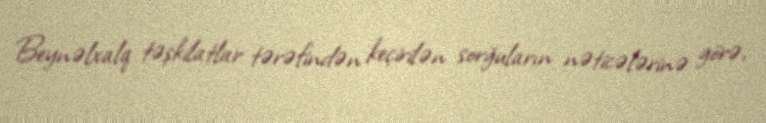
Beynəlxalq təşkilatlar tərəfindən keçirilən sorğuların nəticələrinə görə,